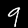
Label: 9